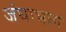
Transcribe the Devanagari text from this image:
जंघाभाग